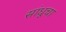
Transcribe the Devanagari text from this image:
सांधूचा